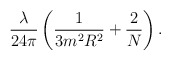
\begin{align*}\frac{\lambda}{24\pi}\left(\frac1{3 m^2R^2}+\frac2N\right)\mbox.\end{align*}